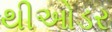
થીઓડર